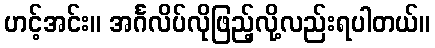
ဟင့်အင်း။ အင်္ဂလိပ်လိုဖြည့်လို့လည်းရပါတယ်။